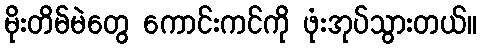
မိုးတိမ်မဲတွေ ကောင်းကင်ကို ဖုံးအုပ်သွားတယ်။